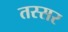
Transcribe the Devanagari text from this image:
तस्सर